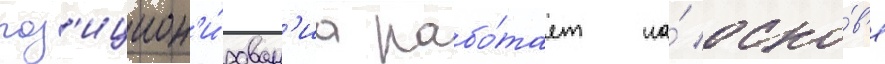
поз'ицион'и́рован'иа рабо́тает на́ осно́в'е